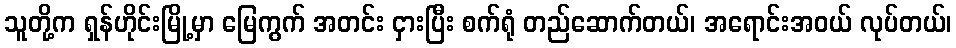
သူတို့က ရှန်ဟိုင်းမြို့မှာ မြေကွက် အတင်း ငှားပြီး စက်ရုံ တည်ဆောက်တယ်၊ အရောင်းအဝယ် လုပ်တယ်၊